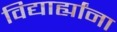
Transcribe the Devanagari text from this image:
विद्यार्ह्यांना